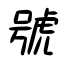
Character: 號